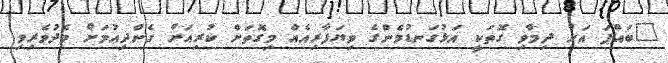
"ބައްޕަ އަށް ދިމާވި ގޮތަކީ އަޅުގަނޑުމެންގެ ވިޔަފާރިއެއް މިގޮތަށް ކުރިއަށް ގެންދިއުމަށް މެދުވެރިވި